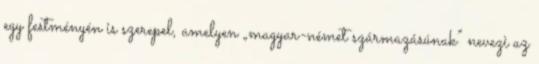
egy festményén is szerepel, amelyen „magyar-német származásúnak” nevezi az